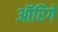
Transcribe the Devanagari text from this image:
ऑरिगे